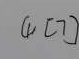
( 1 ) [ 7 ]